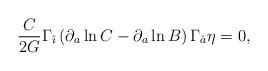
LaTeX: \begin{align*}{C\over 2 G}\Gamma_{\hat{\imath}}\left( \partial_a \ln C-\partial_a \ln B\right)\Gamma_{\hat{a}} \eta=0,\end{align*}